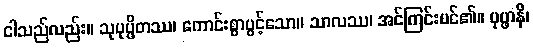
ငါသည်လည်း။ သုပုပ္ဖိတဿ၊ ကောင်းစွာပွင့်သော။ သာလဿ၊ အင်ကြင်းပင်၏။ ပုပ္ဖာနိ၊